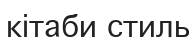
кітаби стиль